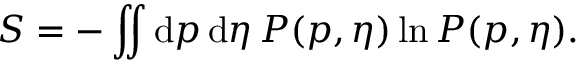
S = - \iint \mathrm { d } \boldsymbol { p } \, \mathrm { d } \eta \, P ( \boldsymbol { p } , \eta ) \ln P ( \boldsymbol { p } , \eta ) .